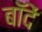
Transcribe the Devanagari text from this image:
बॉदें